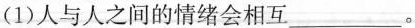
(1)人与人之间的情绪会相互___。